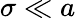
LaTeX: \sigma\ll a